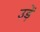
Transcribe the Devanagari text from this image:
उड़ें